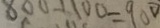
8 0 0 + 1 0 0 = 9 0 0